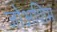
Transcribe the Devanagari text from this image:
जोअशिम